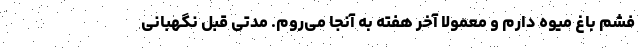
فشم باغ میوه دارم و معمولا آخر هفته به آنجا می‌روم. مدتی قبل نگهبانی